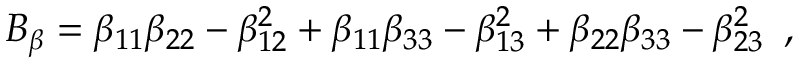
{ B _ { \beta } = \beta _ { 1 1 } \beta _ { 2 2 } - \beta _ { 1 2 } ^ { 2 } + \beta _ { 1 1 } \beta _ { 3 3 } - \beta _ { 1 3 } ^ { 2 } + \beta _ { 2 2 } \beta _ { 3 3 } - \beta _ { 2 3 } ^ { 2 } \, \mathrm { ~ , ~ } }